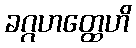
ခဂ္ဂဟတ္ထေဟိ